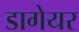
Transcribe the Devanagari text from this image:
डागेयर